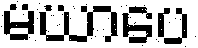
မယာပေ